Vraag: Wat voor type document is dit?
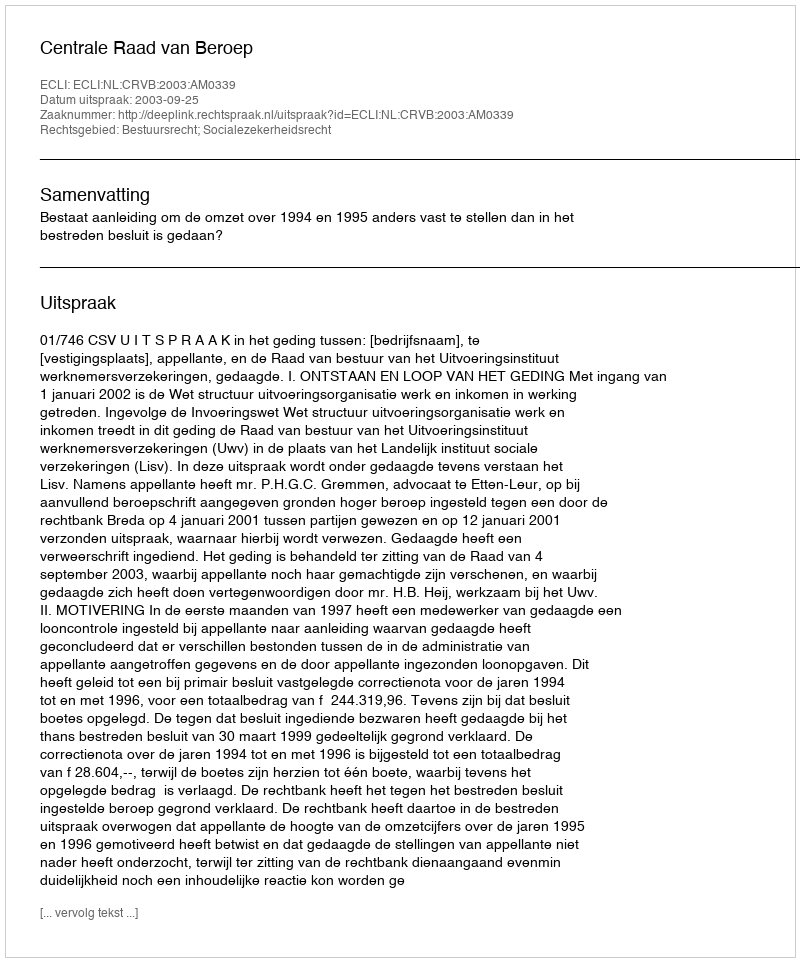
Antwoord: Uitspraak